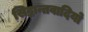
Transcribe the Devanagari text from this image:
सिद्धान्तवादियो